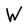
Character: W